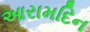
આરામદિન